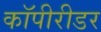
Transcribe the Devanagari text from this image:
कॉपीरीडर